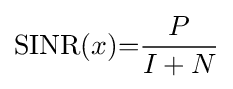
\mathrm {SINR} (x){=}{\frac {P}{I+N}}